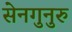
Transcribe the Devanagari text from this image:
सेनगुनुरु